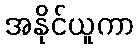
အနိုင်ယူကာ